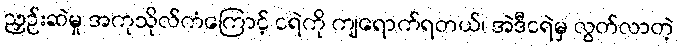
ညှဉ်းဆဲမှု အကုသိုလ်ကံကြောင့် ငရဲကို ကျရောက်ရတယ်၊ အဲဒီငရဲမှ လွတ်လာတဲ့